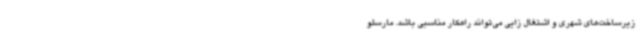
زیرساخت‌های شهری و اشتغال زایی می‌تواند راهکار مناسبی باشد. مارسلو